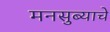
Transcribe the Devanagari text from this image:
मनसुब्याचे